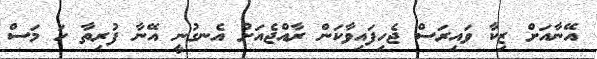
އޭނާއަށް ޒިކާ ވައިރަސް ޖެހިފައިވާކަން ރާއްޖެއަށް އެނގުނީ އޭނާ ފުރިތާ ހަ މަސް